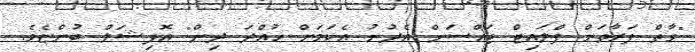
"ވާތް ފަރާތަށް ފްލައިޓް ޖައްސަން އެދުނު އެކަމަށް ހުއްދަ ދިން" އޮފިޝަލް ބުންޏެވެ.